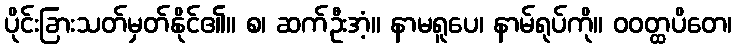
ပိုင်းခြားသတ်မှတ်နိုင်၏။ စ၊ ဆက်ဦးအံ့။ နာမရူပေ၊ နာမ်ရုပ်ကို။ ဝဝတ္ထပိတေ၊